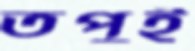
তপুই